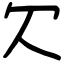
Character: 欠